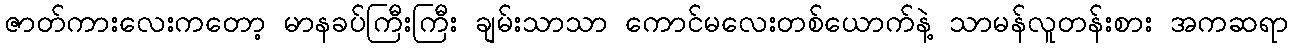
ဇာတ်ကားလေးကတော့ မာနခပ်ကြီးကြီး ချမ်းသာသာ ကောင်မလေးတစ်ယောက်နဲ့ သာမန်လူတန်းစား အကဆရာ